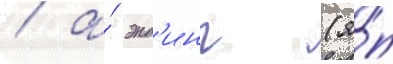
/ а́ энд'инг (я́п